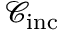
\mathcal { C } _ { \mathrm { i n c } }